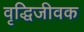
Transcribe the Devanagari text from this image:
वृद्धिजीवक